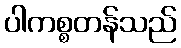
ပါကစ္စတန်သည်